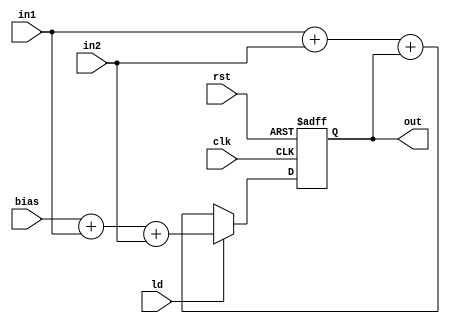
module accumlator(
 input	wire 	[17:0] 	 in1,in2,bias,
 input	wire			 ld,
 input	wire			 clk,rst,
 output reg  	[17:0] 	 out
 );
 //reg [17:0] out_reg; 
 always @(posedge clk or negedge rst)
  begin
   if (!rst)
	out<=0; 
   else if(ld)
    out<=bias+in1+in2;
   else
    out<=in1+in2+out;
  end	
	//assign out = out_reg;	  
endmodule